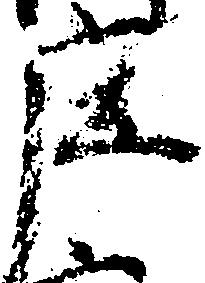
庄